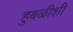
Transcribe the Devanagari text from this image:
हुबळीशी